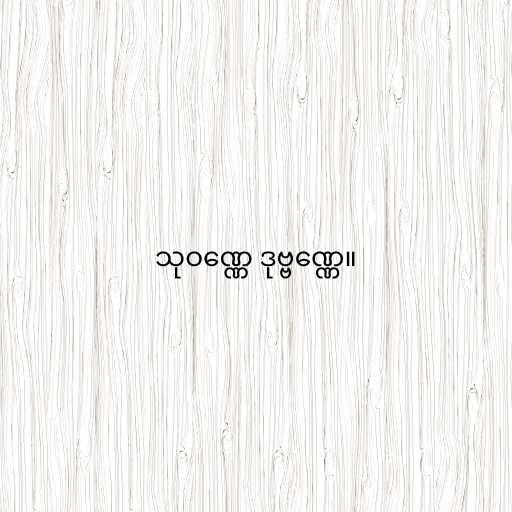
သုဝဏ္ဏေ ဒုဗ္ဗဏ္ဏေ။